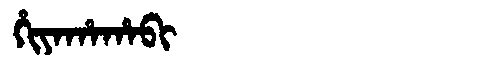
Manchu: ᡥᡳᠶᠠᡥᠠᡥᠠᠪᡳ
Romanization: HIYAHAHABI